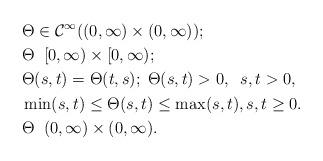
LaTeX: \begin{align*}&\Theta\in \mathcal C^{\infty}((0,\infty)\times (0,\infty));\\& \Theta \; \; [0,\infty)\times [0,\infty);\\&\Theta(s,t)=\Theta(t,s); \; \Theta(s,t)>0, \;\; s,t>0,\\& \min(s,t) \le \Theta(s,t)\le \max(s,t), s,t\ge 0.\\& \Theta \; \; (0,\infty)\times (0,\infty).\end{align*}